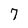
Character: 7